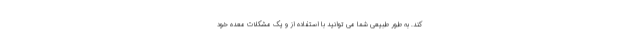
کند. به طور طبیعی شما می توانید با استفاده از و یک مشکلات معده خود